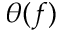
\theta ( f )